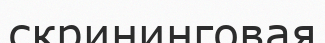
скрининговая